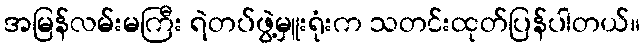
အမြန်လမ်းမကြီး ရဲတပ်ဖွဲ့မှူးရုံးက သတင်းထုတ်ပြန်ပါတယ်။